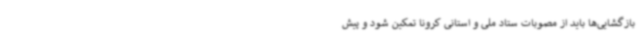
بازگشایی‌ها باید از مصوبات ستاد ملی و استانی کرونا تمکین شود و پیش